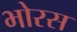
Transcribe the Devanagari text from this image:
भोरस